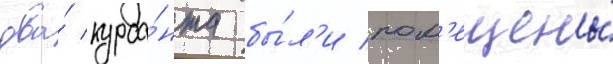
два́ курса́нта бы́л'и пом'ещены́